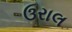
ઉરાલ